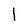
Character: l